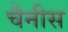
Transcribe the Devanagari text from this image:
चैनीस